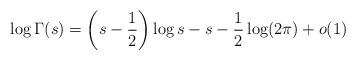
LaTeX: \begin{align*} \log \Gamma(s)=\left(s-\frac{1}{2}\right)\log s-s-\frac{1}{2}\log(2\pi)+o(1) \end{align*}